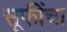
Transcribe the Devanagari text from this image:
सूफींचा